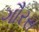
ગૌરસ